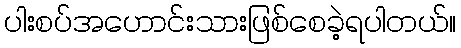
ပါးစပ်အဟောင်းသားဖြစ်စေခဲ့ရပါတယ်။